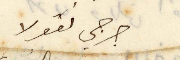
جرجي نقولا